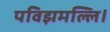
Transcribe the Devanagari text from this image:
पविझमल्लि।